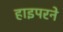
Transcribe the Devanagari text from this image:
हाइपरने